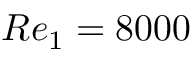
R e _ { 1 } = 8 0 0 0